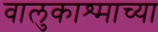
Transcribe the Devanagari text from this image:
वालुकाश्माच्या